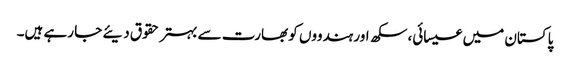
پاکستان میں عیسائی، سکھ اور ہندووں کو بھارت سے بہتر حقوق دیئے جا رہے ہیں۔